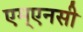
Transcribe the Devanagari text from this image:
एम्एनसी